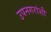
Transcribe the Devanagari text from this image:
उपनगरांशी